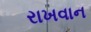
રાખવાન